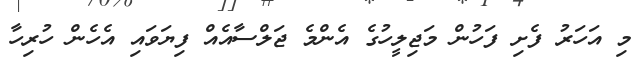
މި އަހަރު ފެށި ފަހުން މަޖިލީހުގެ އެންމެ ޖަލްސާއެއް ފިޔަވައި އެހެން ހުރިހާ